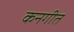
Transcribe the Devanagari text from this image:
कनगीत